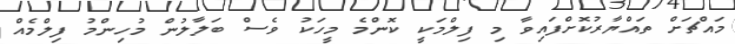
މައްޗަށް ތައްޔާރުކޮށްފައިވާ މި ފިލްމަކީ ކޮންމެ މީހަކު ވެސް ބަލާލުން މުހިންމު ފިލްމެއް